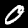
Label: 0